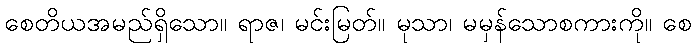
စေတိယအမည်ရှိသော။ ရာဇ၊ မင်းမြတ်။ မုသာ၊ မမှန်သောစကားကို။ စေ